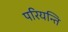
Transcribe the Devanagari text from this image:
परियन्ति